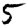
Digit: 5